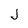
Character: J